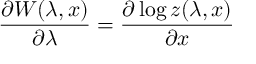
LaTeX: \frac { \partial W ( \lambda , x ) } { \partial \lambda } = \frac { \partial \log z ( \lambda , x ) } { \partial x }